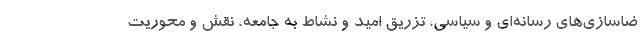
ضاسازی‌های رسانه‌ای و سیاسی، تزریق امید و نشاط به جامعه، نقش و محوریت